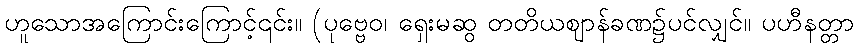
ဟူသောအကြောင်းကြောင့်၎င်း။ (ပုဗ္ဗေဝ၊ ရှေးမဆွ တတိယဈာန်ခဏ၌ပင်လျှင်။ ပဟီနတ္တာ